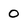
Character: 0